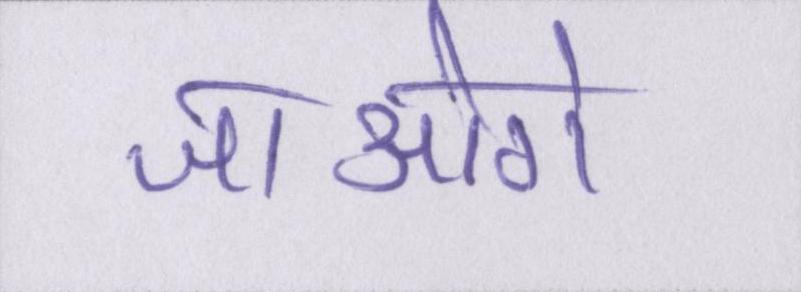
जाओगे